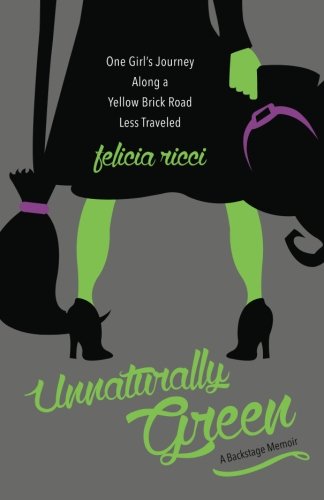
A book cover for Unnaturally Green: One girl's journey along a yellow brick road less traveled; Felicia Ricci; Biographies & Memoirs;